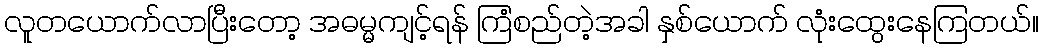
လူတယောက်လာပြီးတော့ အဓမ္မကျင့်ရန် ကြံစည်တဲ့အခါ နှစ်ယောက် လုံးထွေးနေကြတယ်။